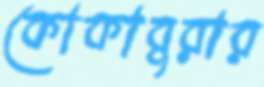
কোকাবুরার